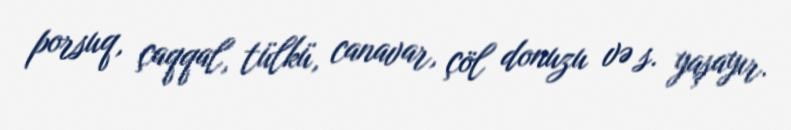
porsuq, çaqqal, tülkü, canavar, çöl donuzu və s. yaşayır.